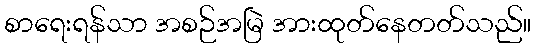
စာရေးရန်သာ အစဉ်အမြဲ အားထုတ်နေတတ်သည်။